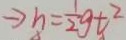
\rightarrow h = \frac { 1 } { 2 } g + t ^ { 2 }